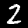
Digit: 2